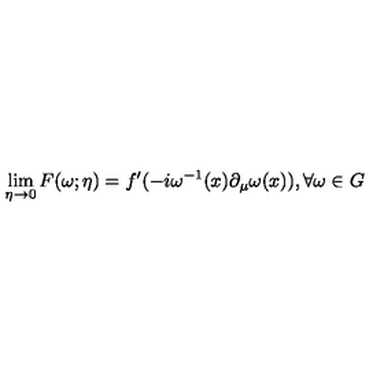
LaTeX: \lim _ { \eta \rightarrow 0 } F ( \omega ; \eta ) = f ^ { \prime } ( - i \omega ^ { - 1 } ( x ) \partial _ { \mu } \omega ( x ) ) , \forall \omega \in G